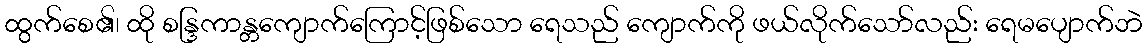
ထွက်စေ၏၊ ထို စန္ဒြကာန္တကျောက်ကြောင့်ဖြစ်သော ရေသည် ကျောက်ကို ဖယ်လိုက်သော်လည်း ရေမပျောက်ဘဲ